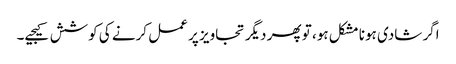
اگر شادی ہونا مشکل ہو، تو پھر دیگر تجاویز پر عمل کرنے کی کوشش کیجیے۔